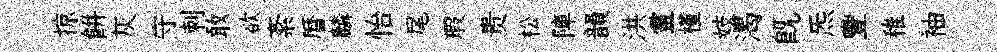
掠餅灰守刺敢欲紊暦麟怡尾瑕贵松陣韻洪靈槿妓渴旣炁豐稚袖